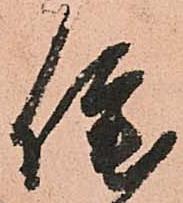
佗